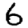
Digit: 6